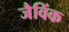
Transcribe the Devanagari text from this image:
जैविंक